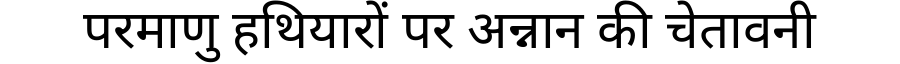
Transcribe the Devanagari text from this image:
परमाणु हथियारों पर अन्नान की चेतावनी